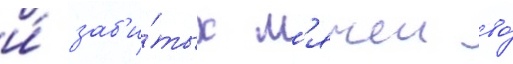
и́ заб'и́тых м'ячеи во́